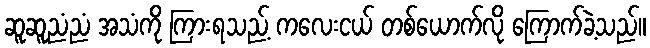
ဆူဆူညံညံ အသံကို ကြားရသည့် ကလေးငယ် တစ်ယောက်လို ကြောက်ခဲ့သည်။